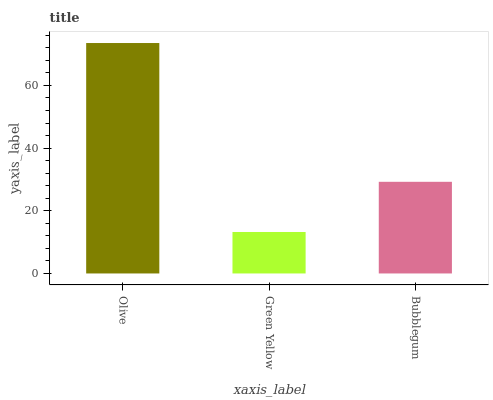
| xaxis_label | bars |
 | --- | --- |
 | Olive | 73.5 |
 | Green Yellow | 13.2 |
 | Bubblegum | 29.3 |